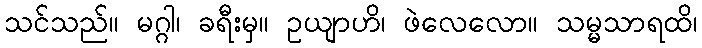
သင်သည်။ မဂ္ဂါ၊ ခရီးမှ။ ဥယျာဟိ၊ ဖဲလေလော။ သမ္မသာရထိ၊